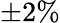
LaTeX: \pm 2\%